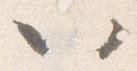
以